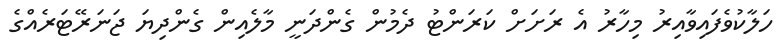
ހަލާކުވެފައިވާއިރު މިހާރު އެ ރަށަށް ކަރަންޓު ދެމުން ގެންދަނީ މާލެއިން ގެންދިޔަ ޖަނަރޭޓަރެއްގެ